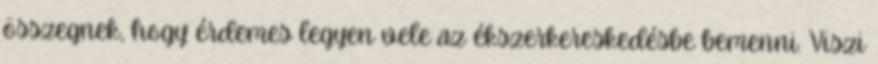
összegnek, hogy érdemes legyen vele az ékszerkereskedésbe bemenni. Viszi